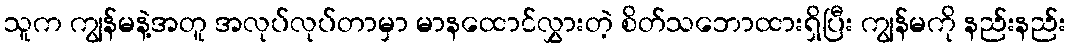
သူက ကျွန်မနဲ့အတူ အလုပ်လုပ်တာမှာ မာနထောင်လွှားတဲ့ စိတ်သဘောထားရှိပြီး ကျွန်မကို နည်းနည်း